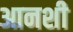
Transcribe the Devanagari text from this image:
आनशी